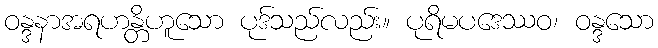
ဝန္ဒနာအရဟန္တိဟူသော ပုဒ်သည်လည်း။ ပုရိမပဒေဿဝ၊ ဝန္ဒသော